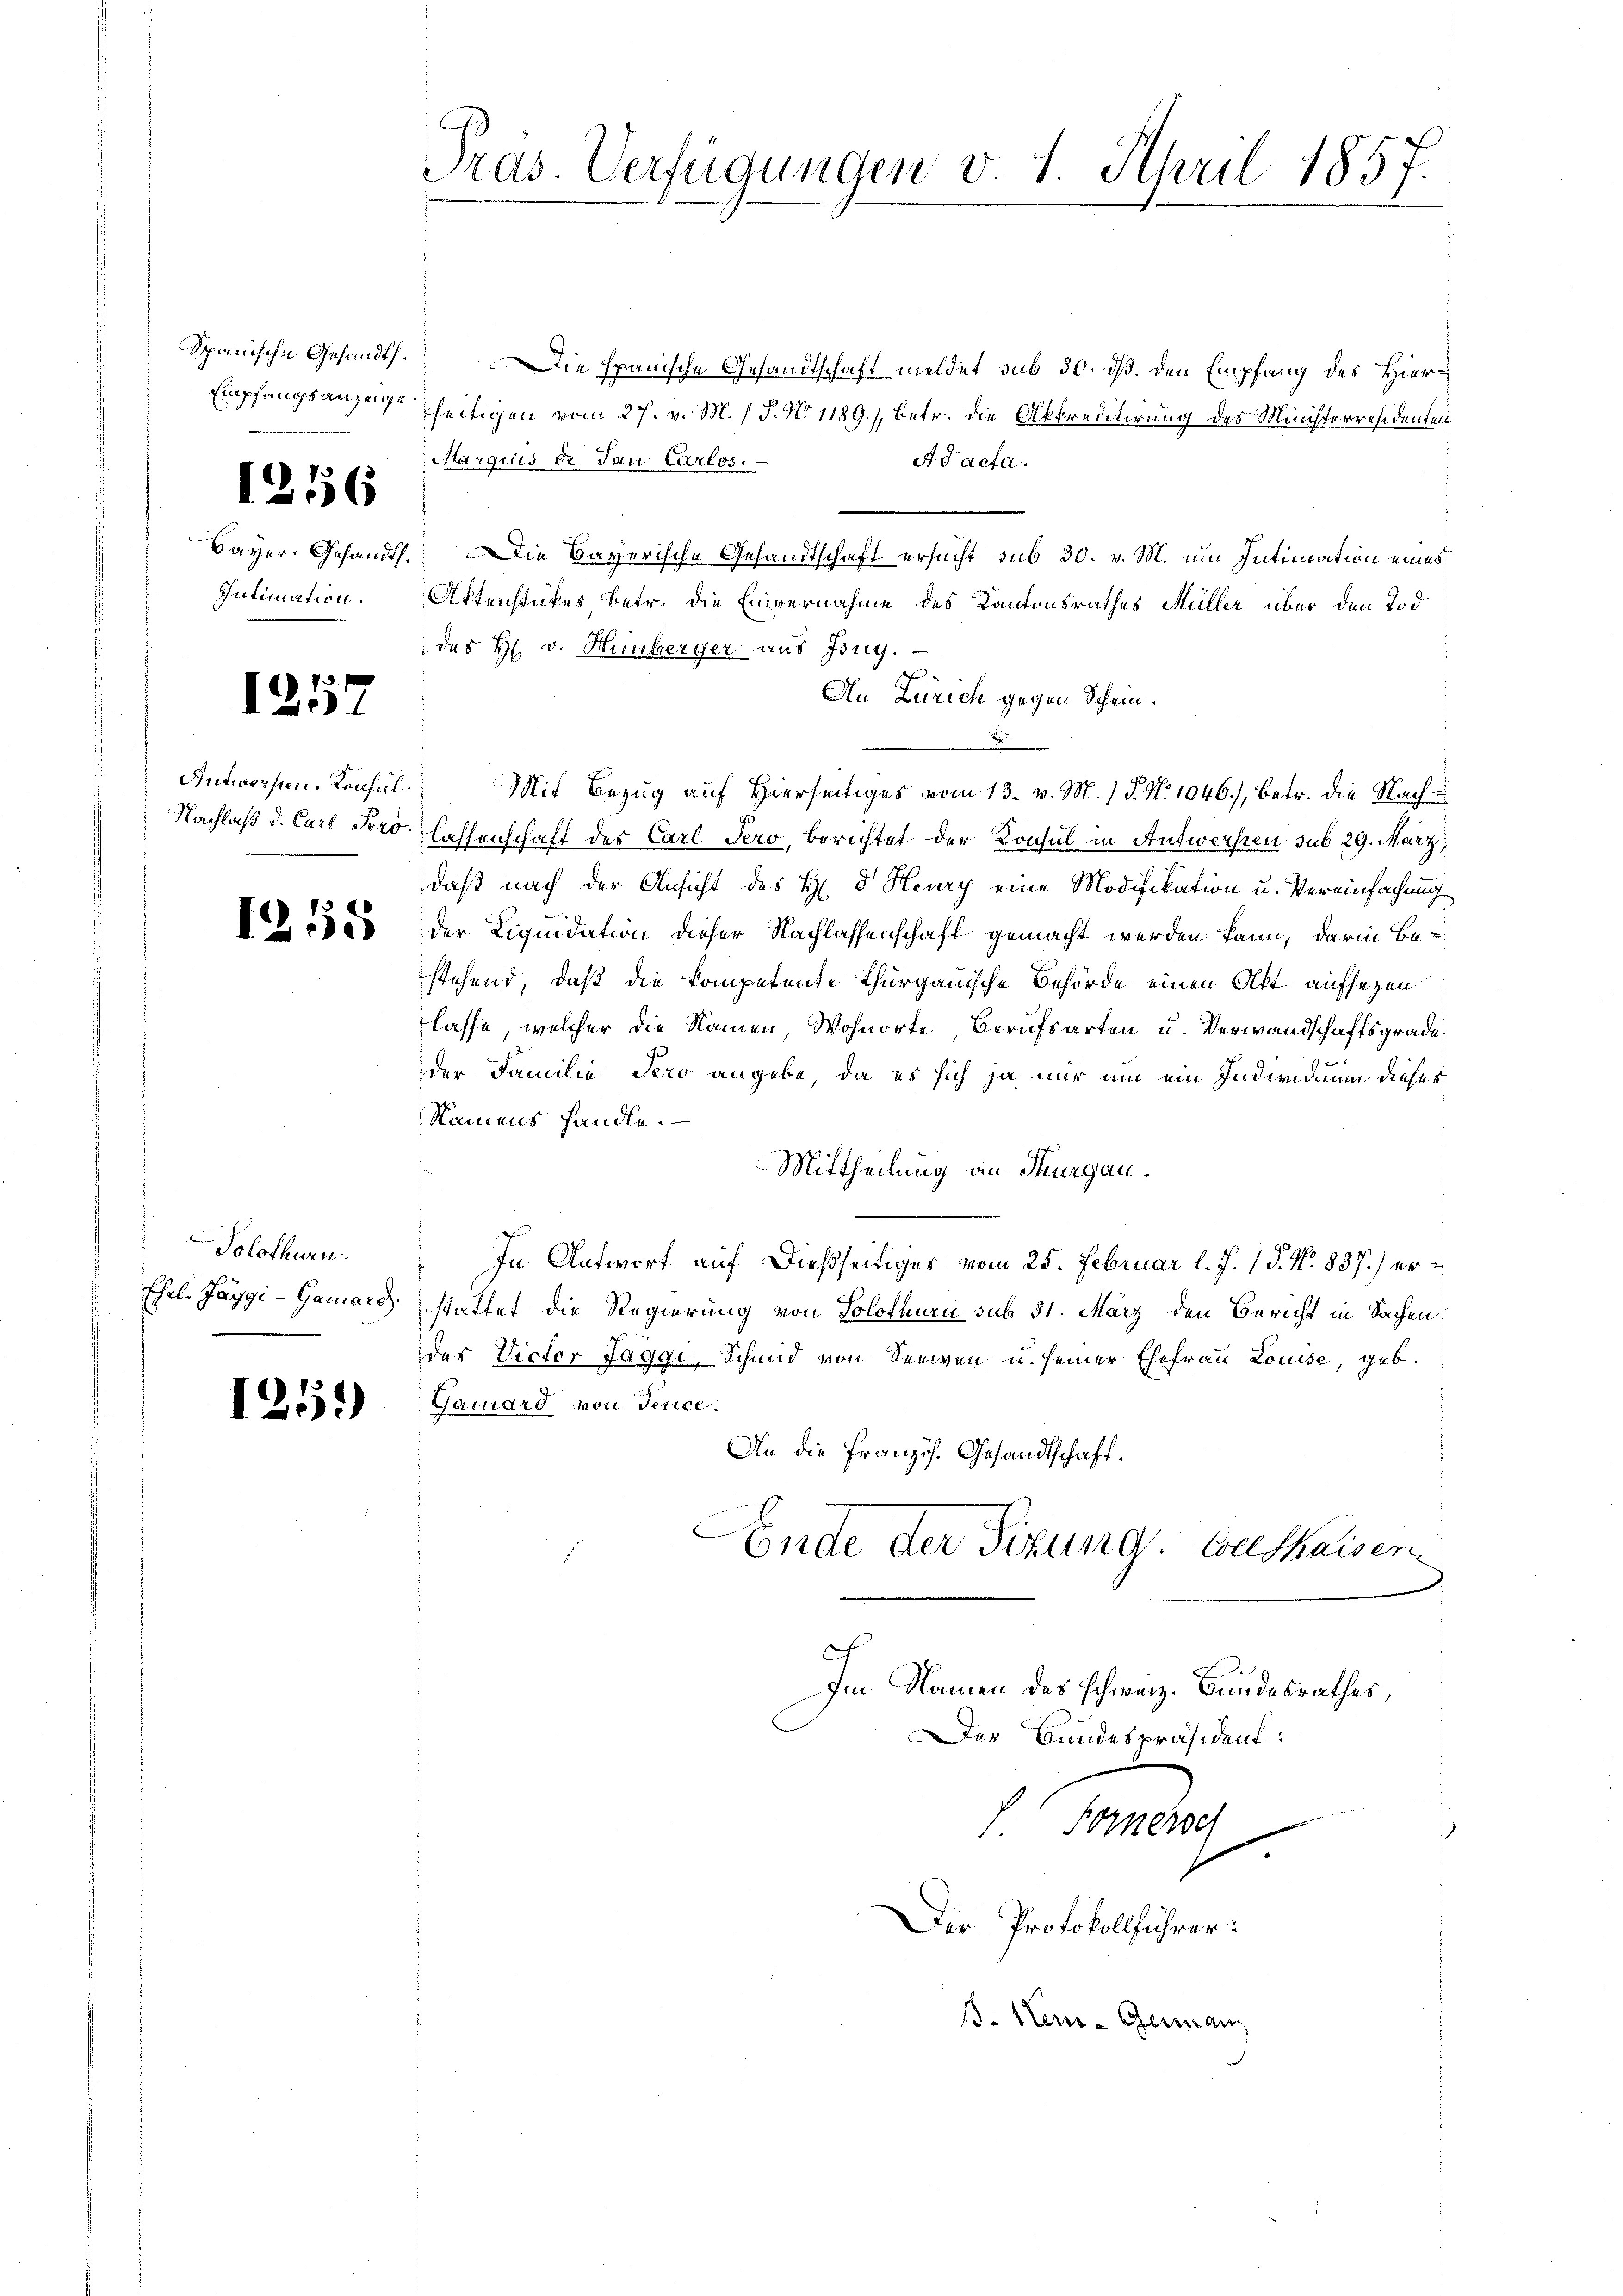
Spanische Gesandt.
Empfangsanzeige.

1256

Bayer. Gesandt.
Intimation.

1257

Antworfen. Konsul¬
Nachlaß d. Carl Pero.

12155

Solothurn.
Ehel- Jaggi-Gamard.

1251)

Pras. Verfügungen v. 1. April 1857.

Die spanische Gesandtschaft meldet sub 30. dß. den Empfang des Hierseitigen vom 27. v. M. / P. No 1189), betr. die Akkreditirung des Ministerresidenten
Marquis de Jau Carlos.
Ad acta.
Die Bayerische Gesandtschaft ersucht sub 30. v. M. um Intimation eines
Aktenstückes betr. die Einvernahme des Kantonsrathes Müller über den Tod
 des H. v. Heuberger aus Ing.
An Zürich gegen Schein.
Mit Bezug auf Hierseitiges vom 13. v. M.) P. N. 1046), betr. die Nachlassenschaft des Carl Jero, Berichtet der Konsul in Antwersten sub 29. März,
daß nach der Ansicht des H. d. Heury eine Modifikation u. Vereinfachung
der Liquidation dieser Nachlassenschaft gemacht werden kann, darin Be-
stehend, daß die kompetente Thurgauische Behörde einen Akt aufsezen
lasse, welcher die Namen Wohnorte, Berufsarten u. Verwandschaftsgradeder Familie Pero angebe, da es sich ja nur um ein Individium dieses
Namens handle.
Mittheilung an Thurgau.
In Antwort auf dießseitiges vom 25. Februar l. J. 15. No. 837.) erstattet die Regierung von Solothurn sub 31. März den Bericht in Sachen
des Victor Jaggi, Schmid von Seeren u. seiner Ehefrau Louise, geb.
Gamard von Jenice.
An die Französ. Gesandtschaft.
Conde der Sizung. Couthaisen
Im Namen des schweiz. Bundesrathes,
Der Bundespräsident:
h. Sonder
Der Protokollführer:
15. Neur-German